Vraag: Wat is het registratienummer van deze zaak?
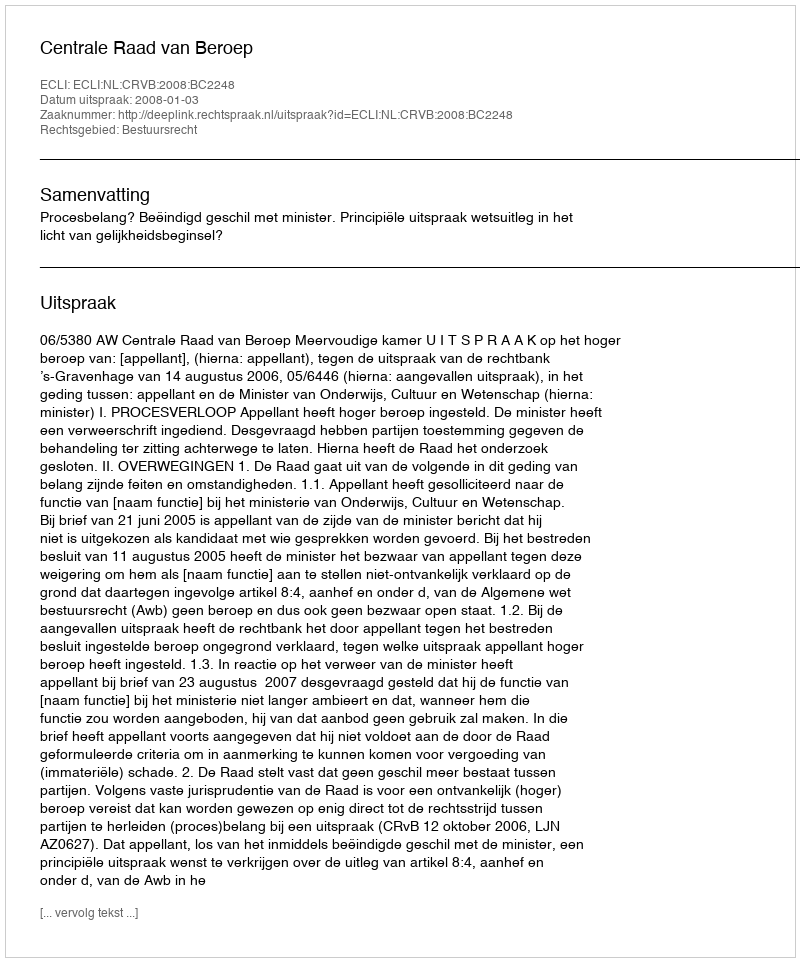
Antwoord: http://deeplink.rechtspraak.nl/uitspraak?id=ECLI:NL:CRVB:2008:BC2248